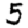
Digit: 5